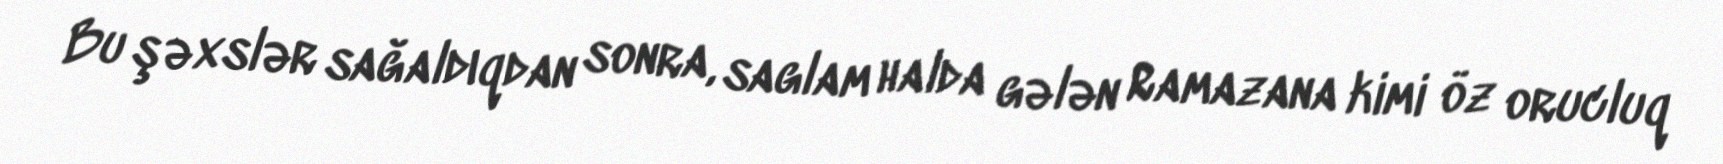
Bu şəxslər sağaldıqdan sonra, saglam halda gələn Ramazana kimi öz orucluq